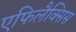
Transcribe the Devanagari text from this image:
एफिलैक्सिस